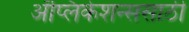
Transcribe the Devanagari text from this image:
ॲप्लिकेशन्ससाठी